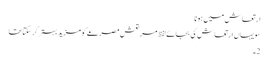
ارتعاش میں ہونا
سو یہاں ارتعاش کی بجائے لفظ مر تعش مصرعے کو مزید بہتر کر سکتا تھا
2۔